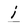
Character: i